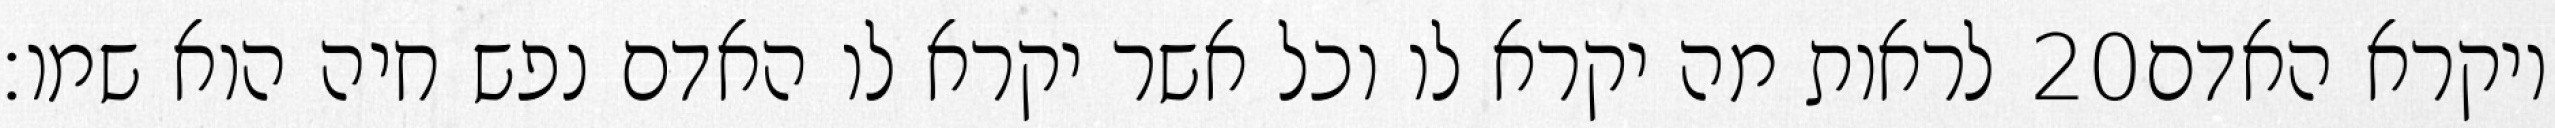
לראות מה יקרא לו וכל אשר יקרא לו האדם נפש חיה הוא שמו׃ ‎20‏ ויקרא האדם